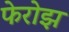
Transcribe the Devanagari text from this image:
फेरोझ